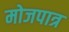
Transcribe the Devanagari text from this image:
मोजपात्र